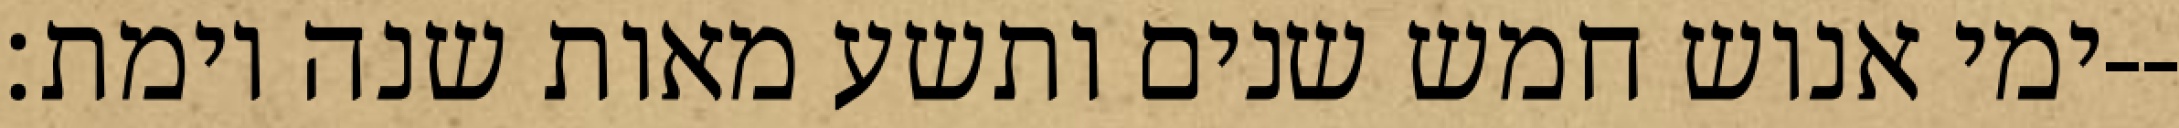
ימי אנוש חמש שנים ותשע מאות שנה וימת׃--